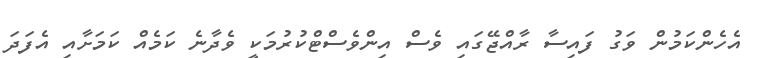
އެހެންކަމުން ވަގު ފައިސާ ރާއްޖޭގައި ވެސް އިންވެސްޓްކުރުމަކީ ވެދާނެ ކަމެއް ކަމަށާއި އެފަދަ